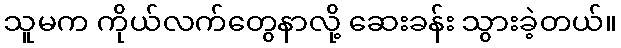
သူမက ကိုယ်လက်တွေနာလို့ ဆေးခန်း သွားခဲ့တယ်။